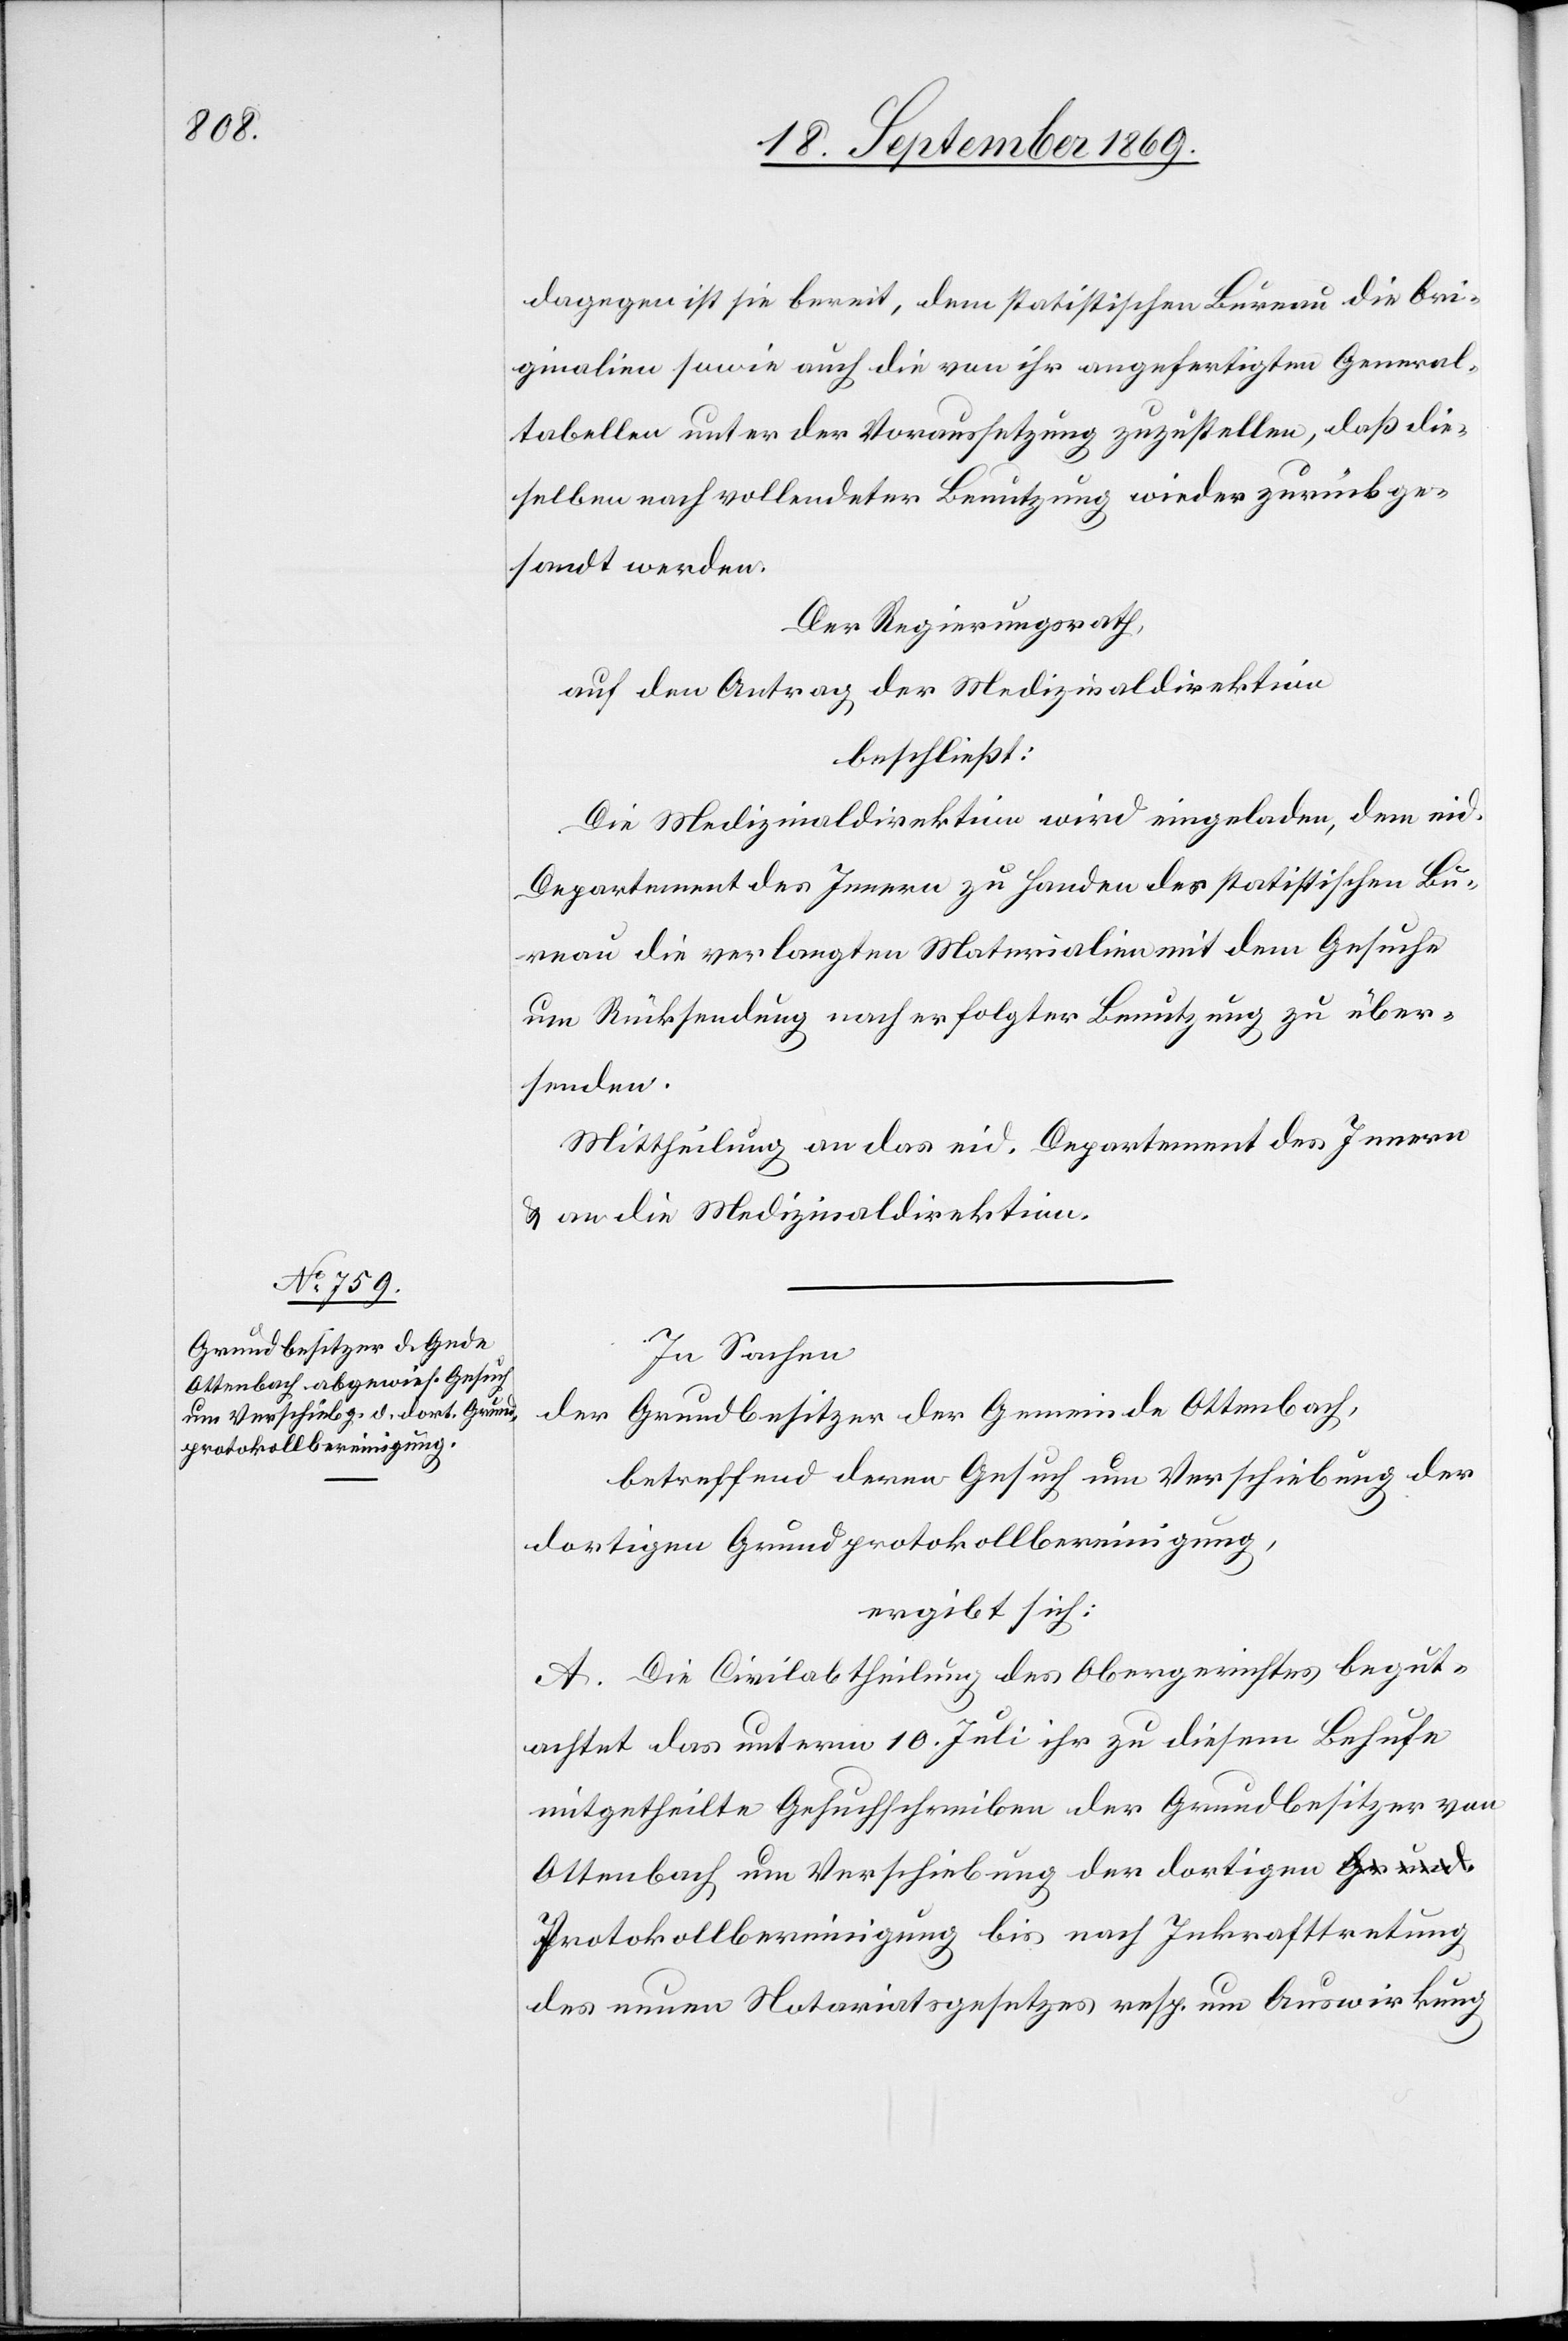
dagegen ist sie bereit, dem statistischen Bureau die Ori¬
ginalien sowie auch die von ihr angefertigten General¬
tabellen unter der Voraussetzung zuzustellen, daß die¬
selben nach vollendeter Benutzung wieder zurückge¬
sandt werden.
Der Regierungsrath,
auf den Antrag der Medizinaldirektion
beschließt:
Die Medizinaldirektion wird eingeladen, dem eid.
Departement des Innern zu Handen des statistischen Bu¬
reau die verlangten Materialien mit dem Gesuche
um Rücksendung nach erfolgter Benutzung zu über¬
senden.
Mittheilung an das eid. Departement des Innern
& an die Medizinaldirektion.
In Sachen
der Grundbesitzer der Gemeinde Ottenbach,
betreffend deren Gesuch um Verschiebung der
dortigen Grundprotokollbereinigung,
ergibt sich:
A. Die Civilabtheilung des Obergerichtes begut¬
achtete das unterm 10. Juli ihr zu diesem Behufe
mitgetheilte Gesuchschreiben der Grundbesitzer von
Ottenbach um Verschiebung der dortigen P¬
rotokollbereinigung bis nach Inkrafttretung
des neuen Notariatsgesetzes resp. um Auswirkung